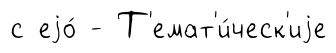
с еjо́ - Т'емат'и́ческ'иjе